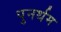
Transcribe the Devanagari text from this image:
पुनर्थम